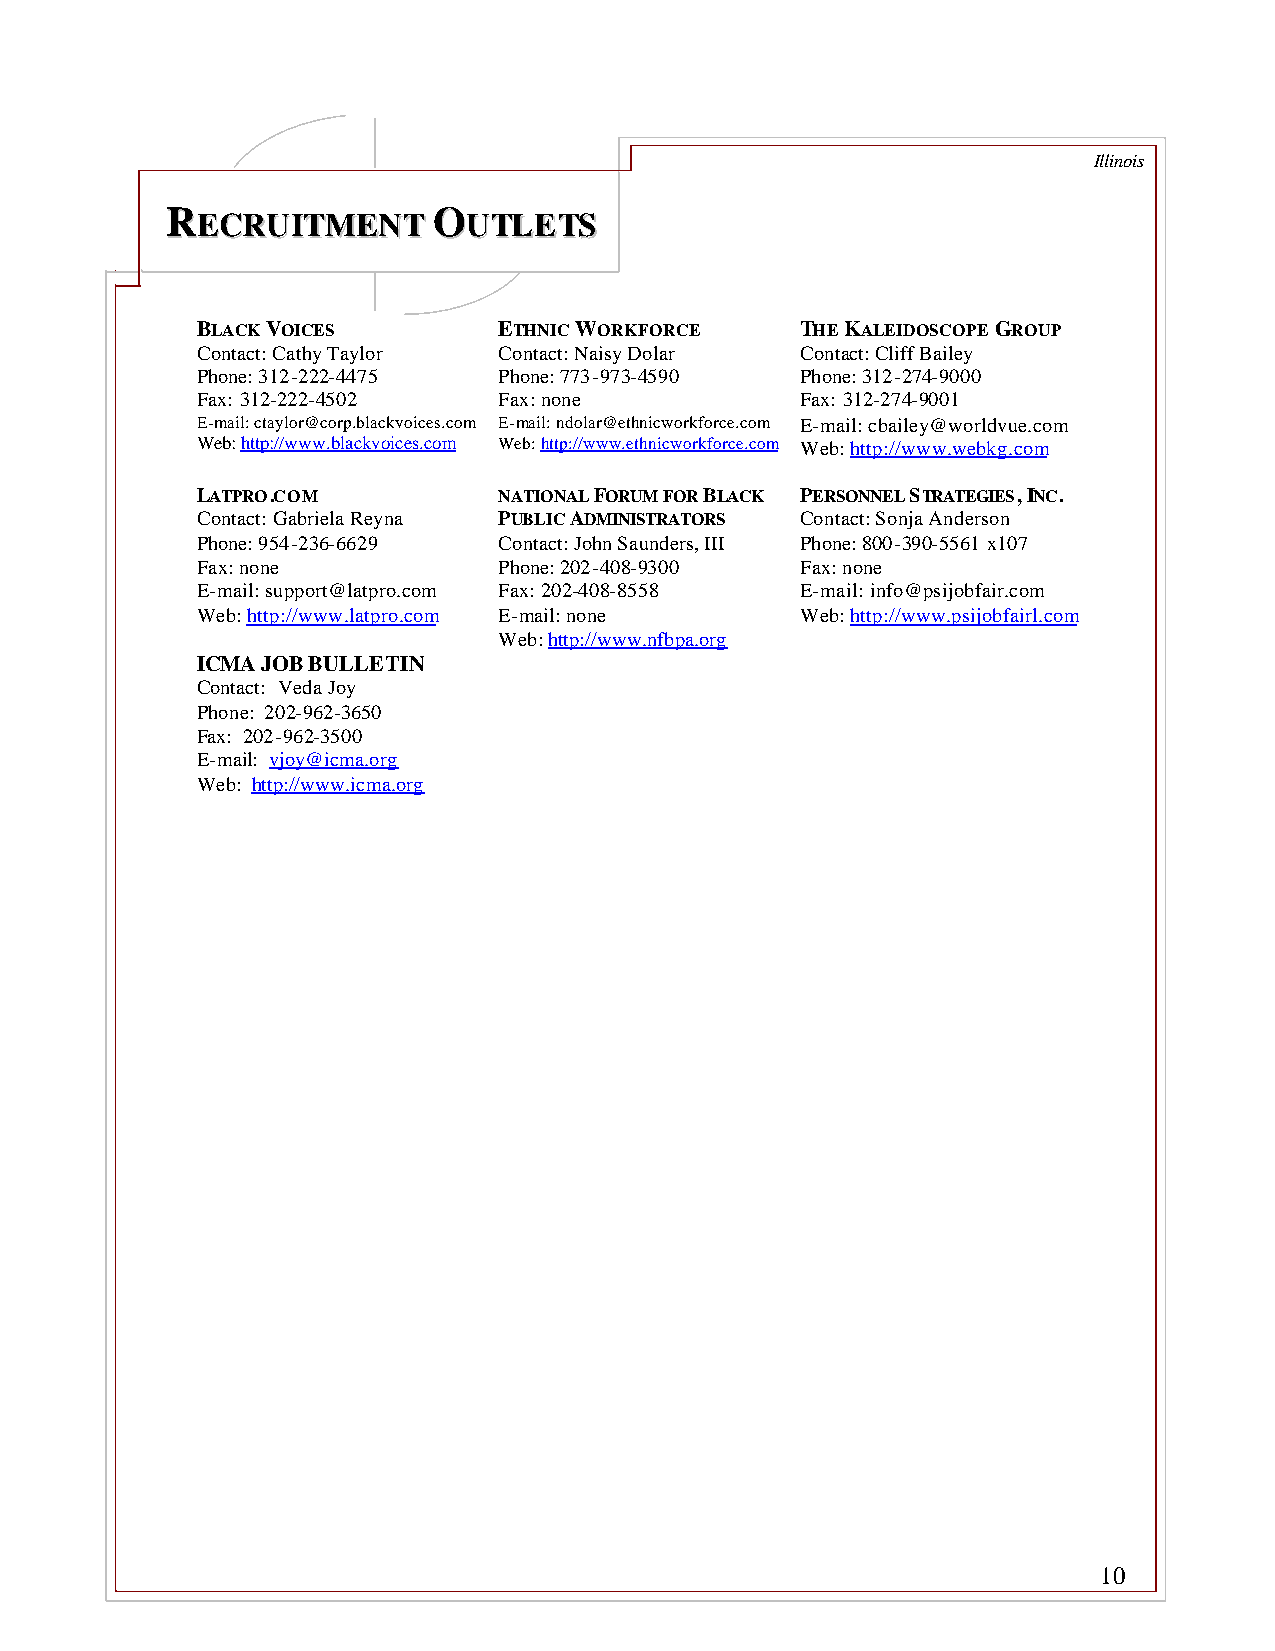
Illinois
 RREECCRRUUIITTMMEENNTT OOUUTTLLEETTSS
 BLACK VOICES        ETHNIC WORKFORCE    THE KALEIDOSCOPE GROUP
 Contact: Cathy Taylor Contact: Naisy Dolar Contact: Cliff Bailey
 Phone: 312-222-4475 Phone: 773-973-4590 Phone: 312-274-9000
 Fax: 312-222-4502   Fax: none           Fax: 312-274-9001
 E-mail: ctaylor@corp.blackvoices.com E-mail: ndolar@ethnicworkforce.com E-mail: cbailey@worldvue.com
 Web: http://www.blackvoices.com Web: http://www.ethnicworkforce.com Web: http://www.webkg.com
 LATPRO.COM          NATIONAL FORUM FOR BLACK PERSONNEL STRATEGIES, INC.
 Contact: Gabriela Reyna PUBLIC ADMINISTRATORS Contact: Sonja Anderson
 Phone: 954-236-6629 Contact: John Saunders, III Phone: 800-390-5561 x107
 Fax: none           Phone: 202-408-9300 Fax: none
 E-mail: support@latpro.com Fax: 202-408-8558 E-mail: info@psijobfair.com
 Web: http://www.latpro.com E-mail: none Web: http://www.psijobfairl.com
 Web: http://www.nfbpa.org
 ICMA JOB BULLETIN
 Contact: Veda Joy
 Phone: 202-962-3650
 Fax: 202-962-3500
 E-mail: vjoy@icma.org
 Web: http://www.icma.org
 10